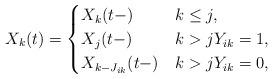
LaTeX: \begin{align*}X_k(t) = \begin{cases}X_k(t-) & k \leq j, \\X_j(t-) & k > j Y_{ik} = 1 , \\X_{k - J_{ik}} (t-) & k > j Y_{ik} = 0, \end{cases} \end{align*}